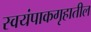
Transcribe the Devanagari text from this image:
स्वयंपाकगृहातील